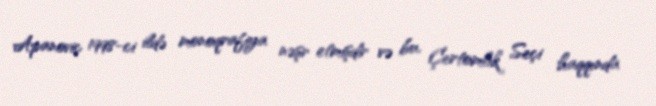
Apanoviç 1998-ci ildə monoqrafiya nəşr etmişdir və bu, Çertomlık Seçi haqqında